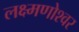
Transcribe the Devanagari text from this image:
लक्ष्मणोश्वर